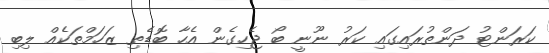
ކަރަންޓު ދަންތުރައިގައި ކަރު ނޫނީ ބޯ ޖެހިގެން އެހާ ބޮޑެތި ޒަހަމްތަކެއް ލިބި